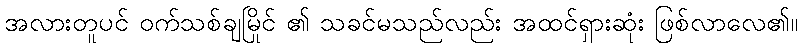
အလားတူပင် ဝက်သစ်ချမြိုင် ၏ သခင်မသည်လည်း အထင်ရှားဆုံး ဖြစ်လာလေ၏။